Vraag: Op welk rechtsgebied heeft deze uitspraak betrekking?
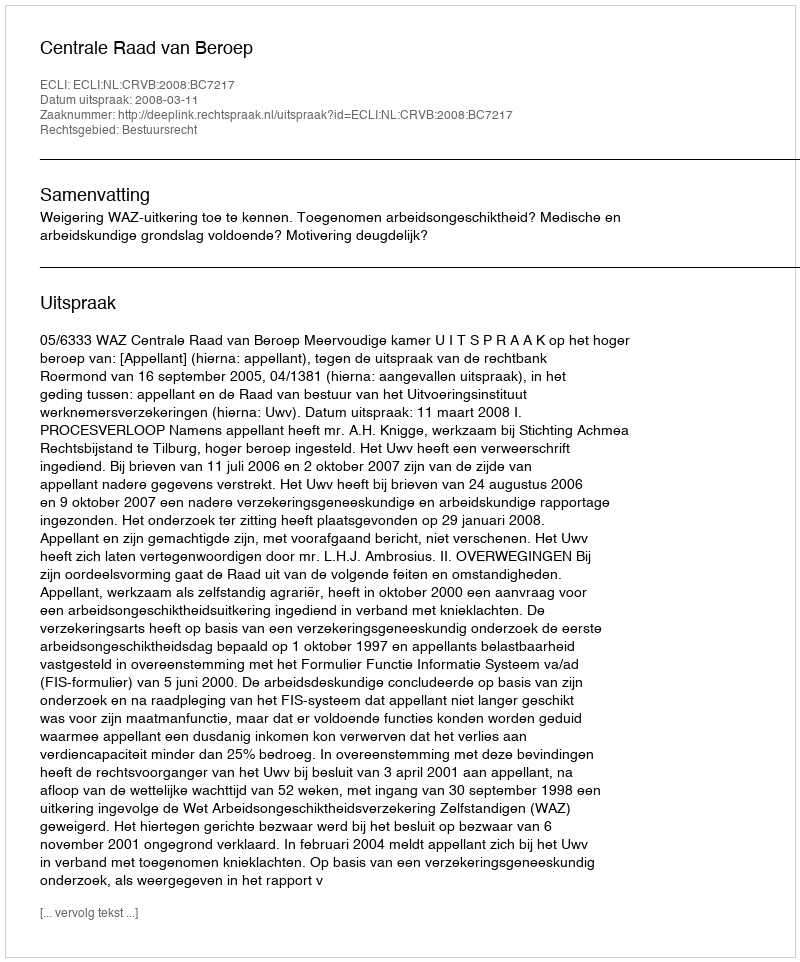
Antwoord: Bestuursrecht